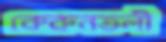
কেরুনতলী